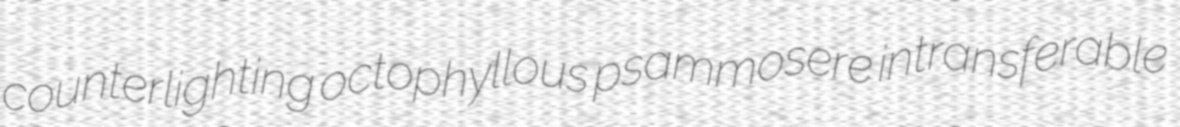
counterlighting octophyllous psammosere intransferable